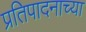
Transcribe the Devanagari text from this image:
प्रतिपादनाच्या